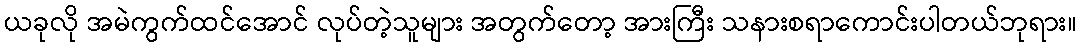
ယခုလို အမဲကွက်ထင်အောင် လုပ်တဲ့သူများ အတွက်တော့ အားကြီး သနားစရာကောင်းပါတယ်ဘုရား။